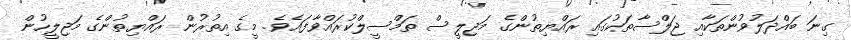
ގިނަ ބައްދަލުވުންތަކާއި ޖަލްސާތަކުގައި ރައްޔިތުންގެ މަޖިލީސް ތަމްސީލްކުރައްވާފައެވެ. މީގެ އިތުރުން ރައްޔިތުންގެ މަޖިލީހުން